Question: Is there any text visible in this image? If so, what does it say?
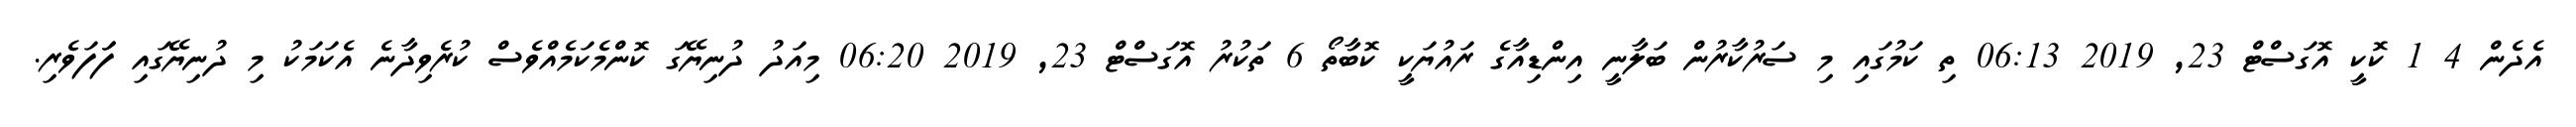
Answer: އެދެން 4 1 ކޮކީ އޮގަސްޓް 23, 2019 06:13 ތި ކަމުގައި މި ސަރުކާރުން ބަލާނީ އިންޑިއާގެ ރައުޔަކީ ކޮބާތޯ 6 ތަކުރު އޮގަސްޓް 23, 2019 06:20 މިއަދު ދުނިޔޭގަ ކޮންމެކަމެއްވެސް ކުރެވިދާނެ އެކަމަކު މި ދުނިޔޭގައި ފަަފަވެރި.